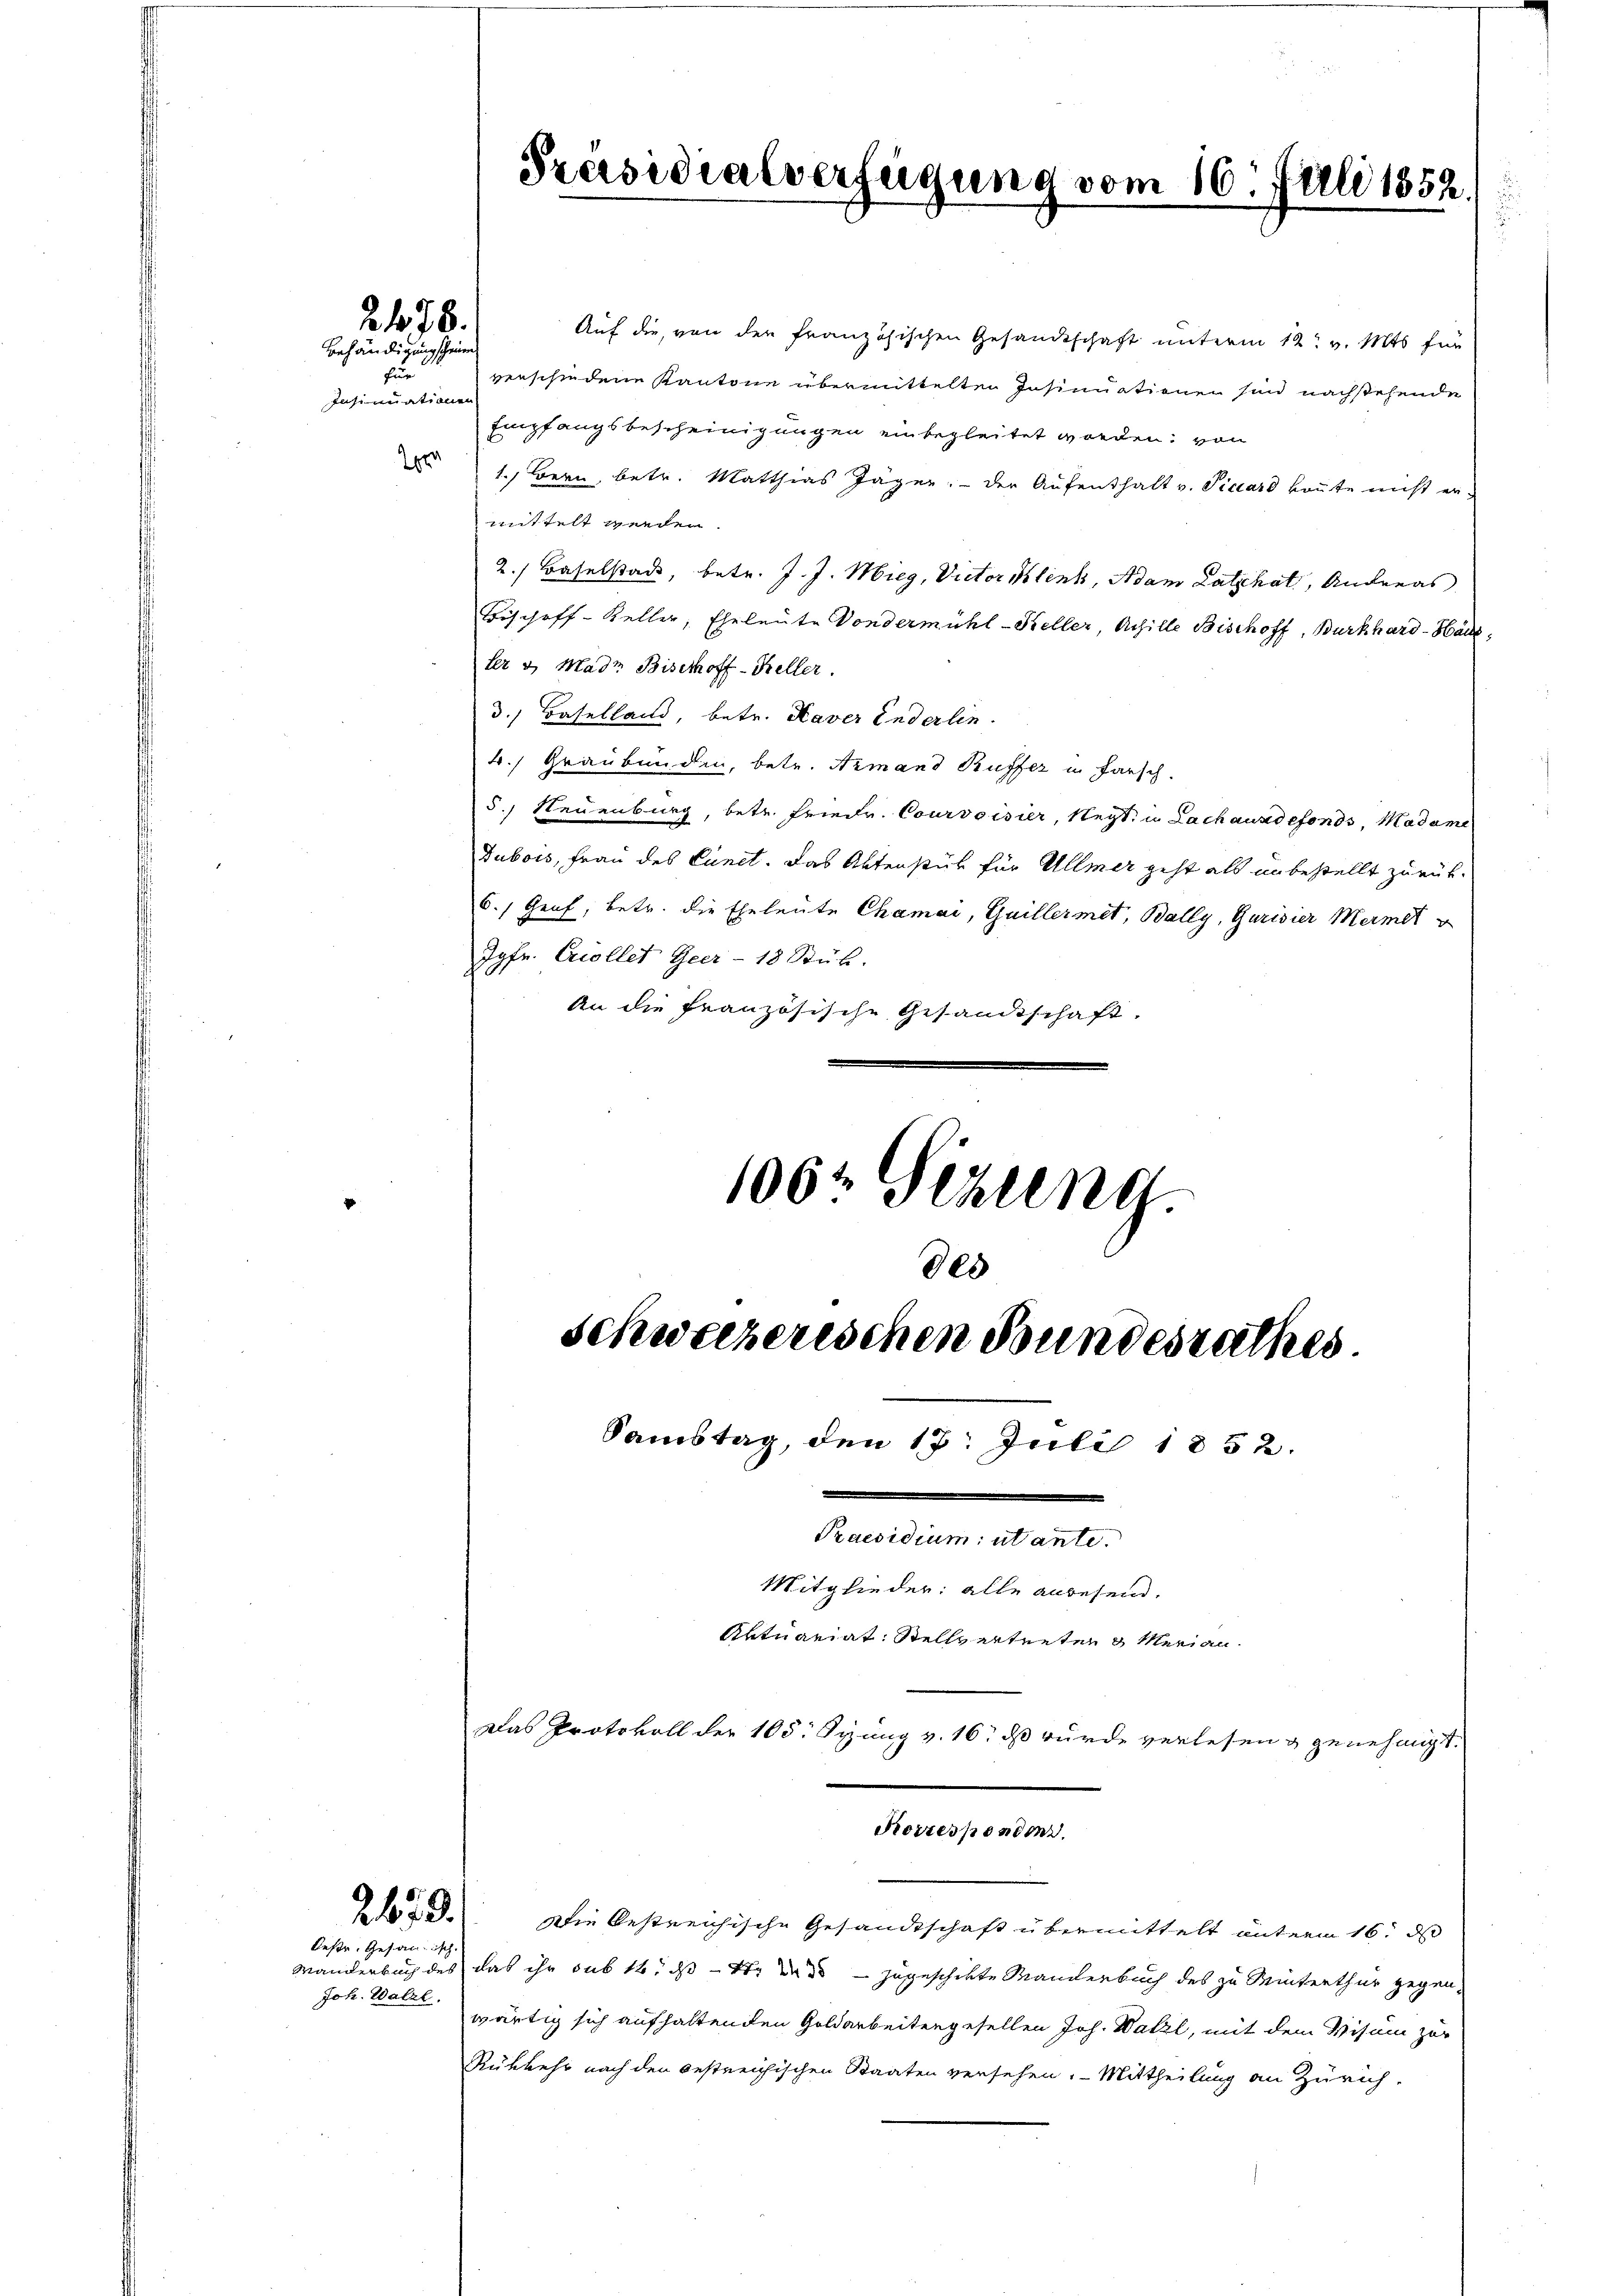
2478.
Behändigung scheinen

u
Insinuationen
Zgra

2179.

bestr. Gesanisch.
Joh. Walzl.

Auf die, von der französischen Gesandtschaft unterm 12t v. Mts für
verschiedene Kantone übermittelten Insinuationen sind nachstehende
Empfangsbescheinigungen einbegleitet worden; von
1.) Bern, betr. Matthias Jäger, - der Aufenthalt v. Picard konnte nicht ermittelt werden.
2.) Baselstad, betr. J. J. Mieg, Victor lenk, Adam Latzhat, Andreas
Bischoff-Keller, Eheleute Vondermühl-Keller, Achille Bischoff, Burkhard-Hau
ter & Madr Bisekoff-Keller.
d.) Baselland, betr. Naver Enderlin.
4. Graubünden, betr. Armand Kuffer in farsch
5.) Neuenburg, betr. Friedr. Courvoisier, Negt. u Lach ausdefonds, Madame
Dubois, Frau des Cunet. Das Aktenstück für Ullmer geht als unbestellt zurük¬
6.) Genf, betr. die Eheleute Chamai, Guillermet, Bally, Garisier Mermet
Jgfr. Excellet Geer - 18 Stüb.
An die französische Gesandtschaft.
1062 Sezung.

Präsidialverfügung vom 16. Juli 1852.

805
schweizerischen Bundesrathes
Samstag, den 17. Juli 1852.
Familien, demsel
Mitglieder: alle anbesein.
Aktuariat Stellvertreten & Merian

Das Protokoll der 108. Syung v. 16. ds wurde verlesen & genehmigt.
Die bestreichische Gesandtschaft übermittelt unterm 16. d
Wanderbuch des das ihr sub 16. ds. da zugeschikte Manderbuch des zu Winterthur gegenwärtig sich aufhaltenden Goldarbeitengesellen Joh. Walzl, mit dem Visum zur
Rükkehr nach den bestreichischen Staaten versehen. Mittheilung an Zürich-

Korrespondenz.